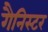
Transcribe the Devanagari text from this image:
गैनिस्टर